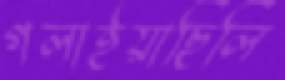
গলাইয়াছিলি